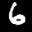
Label: 6